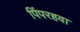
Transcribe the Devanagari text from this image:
पिंपरहवा